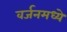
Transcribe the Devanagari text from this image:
वर्जनमध्ये